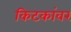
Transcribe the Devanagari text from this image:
किटकांवर